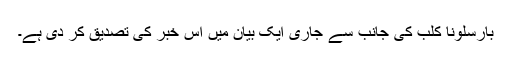
بارسلونا کلب کی جانب سے جاری ایک بیان میں اس خبر کی تصدیق کر دی ہے۔